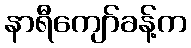
နာရီကျော်ခန့်က